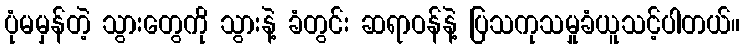
ပုံမမှန်တဲ့ သွားတွေကို သွားနဲ့ ခံတွင်း ဆရာဝန်နဲ့ ပြသကုသမှုခံယူသင့်ပါတယ်။